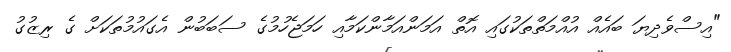
"އިސްވެދިޔަ ބައެއް އުއްމަތްތަކުގައި އޮތް އަމަންއަމާންކަމާއި ހަމަޖެހުމުގެ ސަބަބުން އެގައުމުތަކަށް ގެ ރިޒުގު